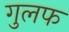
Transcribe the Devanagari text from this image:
गुलफ